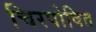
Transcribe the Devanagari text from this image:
चिरपोषित